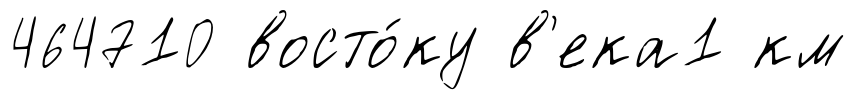
464710 восто́ку в'ека1 км